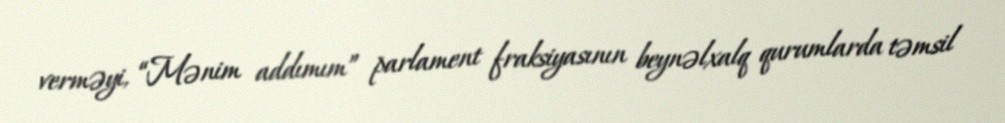
verməyi, “Mənim addımım” parlament fraksiyasının beynəlxalq qurumlarda təmsil